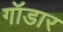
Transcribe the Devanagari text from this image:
गॉडार